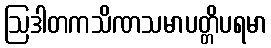
ဩဒါတကသိဏသမာပတ္တိပရမာ